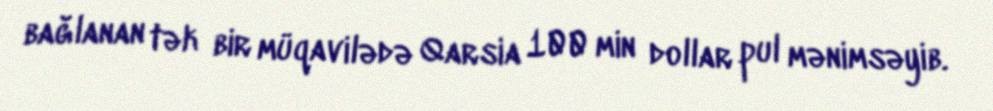
bağlanan tək bir müqavilədə Qarsia 100 min dollar pul mənimsəyib.